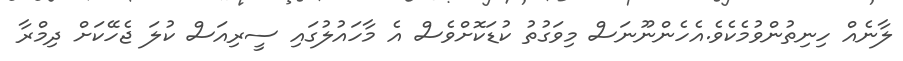
ލާާނެއް ހިނިތުންވުމެކެވެ.އެހެންނޫނަސް މިވަގުތު ކުޑަކޮށްވެސް އެ މާހައުލުގައި ސީރިއަސް ކުލަ ޖެހޭކަށް ދިމްރާ